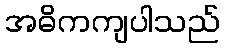
အဓိကကျပါသည်